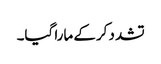
تشدد کرکے مارا گیا۔